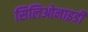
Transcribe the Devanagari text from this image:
सिलिओनाइडी